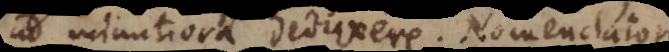
ad minutiora deduxere. Nomenclator